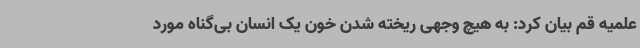
علمیه قم بیان کرد: به هیچ وجهی ریخته شدن خون یک انسان بی‌گناه مورد